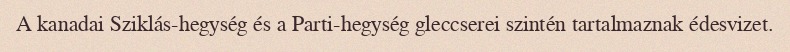
A kanadai Sziklás-hegység és a Parti-hegység gleccserei szintén tartalmaznak édesvizet.